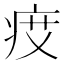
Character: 𤵽